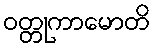
ဝတ္တုကာမောတိ